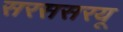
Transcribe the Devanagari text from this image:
सरससरयू